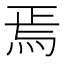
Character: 焉